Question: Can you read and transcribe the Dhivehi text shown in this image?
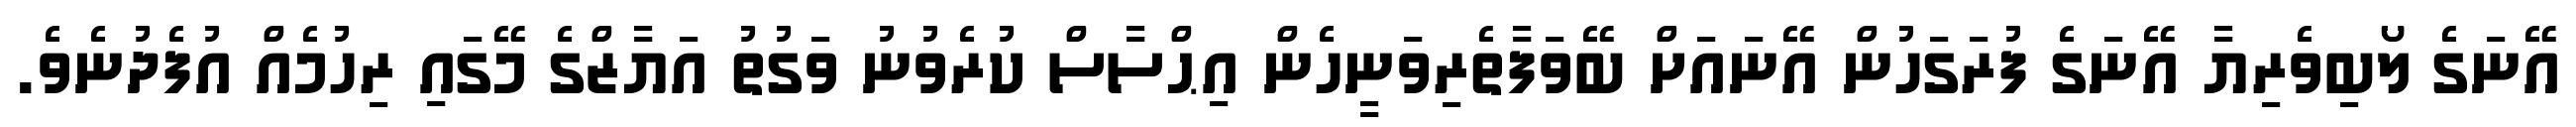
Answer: އޭނަގެ ލޯބިވެރިޔާ އޭނަގެ ފުރަގަހުން އޭނައަށް ބޭވަފާތެރިވަނީހެން އިޙްސާސް ކުރެވުނު ވަގުތު އަޔާޒްގެ މޭގައި ރިހުމެއް އުފެދުނެވެ.